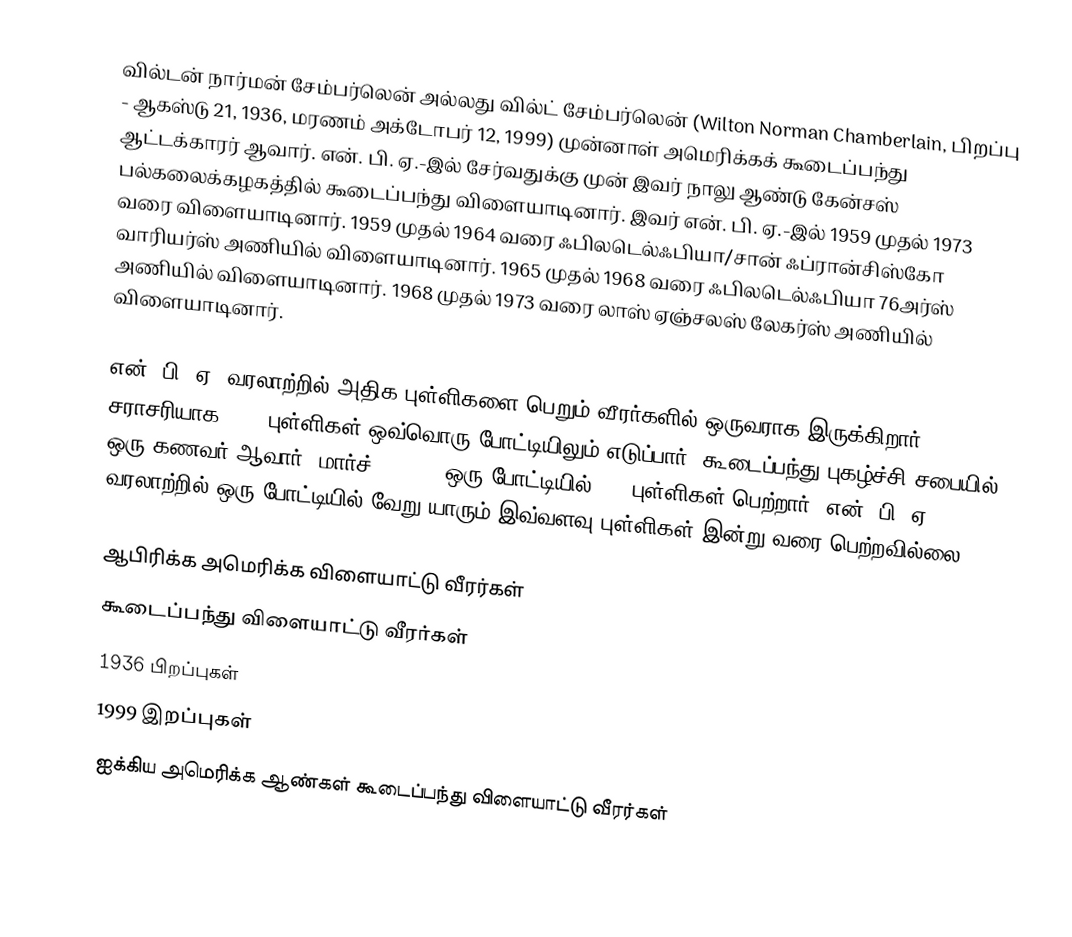
வில்டன் நார்மன் சேம்பர்லென் அல்லது வில்ட் சேம்பர்லென் (Wilton Norman Chamberlain, பிறப்பு - ஆகஸ்டு 21, 1936, மரணம் அக்டோபர் 12, 1999) முன்னாள் அமெரிக்கக் கூடைப்பந்து ஆட்டக்காரர் ஆவார். என். பி. ஏ.-இல் சேர்வதுக்கு முன் இவர் நாலு ஆண்டு கேன்சஸ் பல்கலைக்கழகத்தில் கூடைப்பந்து விளையாடினார். இவர் என். பி. ஏ.-இல் 1959 முதல் 1973 வரை விளையாடினார். 1959 முதல் 1964 வரை ஃபிலடெல்ஃபியா/சான் ஃப்ரான்சிஸ்கோ வாரியர்ஸ் அணியில் விளையாடினார். 1965 முதல் 1968 வரை ஃபிலடெல்ஃபியா 76அர்ஸ் அணியில் விளையாடினார். 1968 முதல் 1973 வரை லாஸ் ஏஞ்சலஸ் லேகர்ஸ் அணியில் விளையாடினார்.

என். பி. ஏ. வரலாற்றில் அதிக புள்ளிகளை பெறும் வீரர்களில் ஒருவராக இருக்கிறார். சராசரியாக 30.1 புள்ளிகள் ஒவ்வொரு போட்டியிலும் எடுப்பார். கூடைப்பந்து புகழ்ச்சி சபையில் ஒரு கணவர் ஆவார். மார்ச் 2, 1962 ஒரு போட்டியில் 100 புள்ளிகள் பெற்றார்; என். பி. ஏ. வரலாற்றில் ஒரு போட்டியில் வேறு யாரும் இவ்வளவு புள்ளிகள் இன்று வரை பெற்றவில்லை.

ஆபிரிக்க அமெரிக்க விளையாட்டு வீரர்கள்
கூடைப்பந்து விளையாட்டு வீரர்கள்
1936 பிறப்புகள்
1999 இறப்புகள்
ஐக்கிய அமெரிக்க ஆண்கள் கூடைப்பந்து விளையாட்டு வீரர்கள்